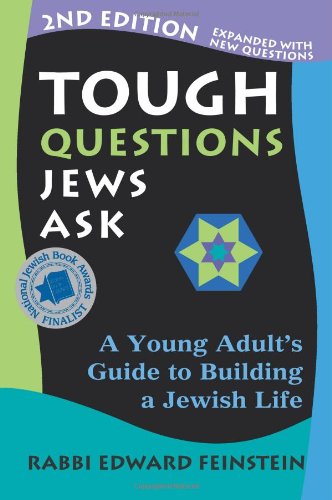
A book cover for Tough Questions Jews Ask: A Young Adult's Guide to Building a Jewish Life; Rabbi Edward Feinstein; Religion & Spirituality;